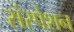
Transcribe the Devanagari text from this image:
संस्पेशन